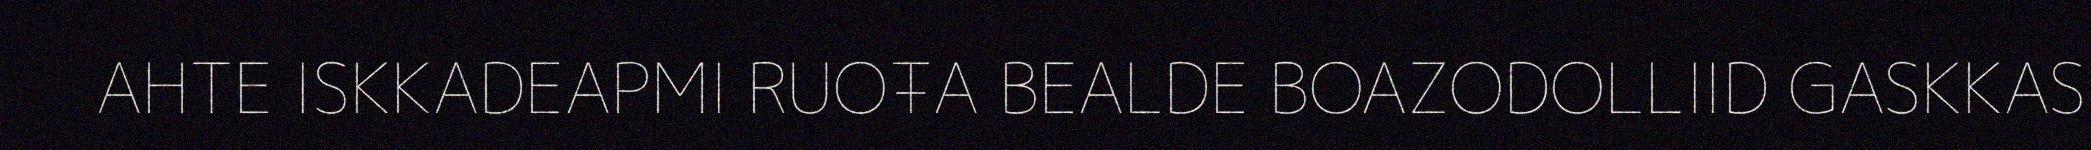
AHTE ISKKADEAPMI RUOŦA BEALDE BOAZODOLLIID GASKKAS